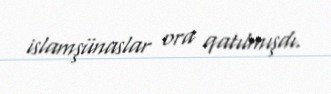
islamşünaslar ora qatılmışdı.